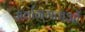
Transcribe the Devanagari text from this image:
सर्वागमताओं